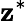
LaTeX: \mathbf{z}^{\ast}